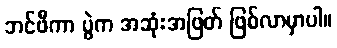
ဘင်ဖီကာ ပွဲက အဆုံးအဖြတ် ဖြစ်လာမှာပါ။